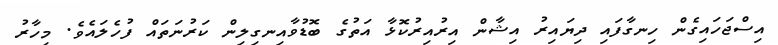
އިސްޖަހައިގެން ހިނގާފައި ދިޔައިރު އިޝާން އިރުއިރުކޮޅާ އަތުގެ ބޮޑުވާއިނގިލިން ކަރުނަތައް ފުހެލައެވެ. މިހާރު